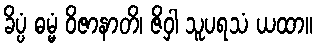
ခိပ္ပံ ဓမ္မံ ဝိဇာနာတိ၊ ဇိဝှါ သူပရသံ ယထာ။